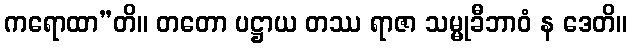
ကရောထာ”တိ။ တတော ပဋ္ဌာယ တဿ ရာဇာ သမ္မုခီဘာဝံ န ဒေတိ။